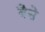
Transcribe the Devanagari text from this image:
बैसे